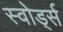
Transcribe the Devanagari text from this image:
स्वोर्ड्स